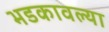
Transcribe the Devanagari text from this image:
भडकावल्या